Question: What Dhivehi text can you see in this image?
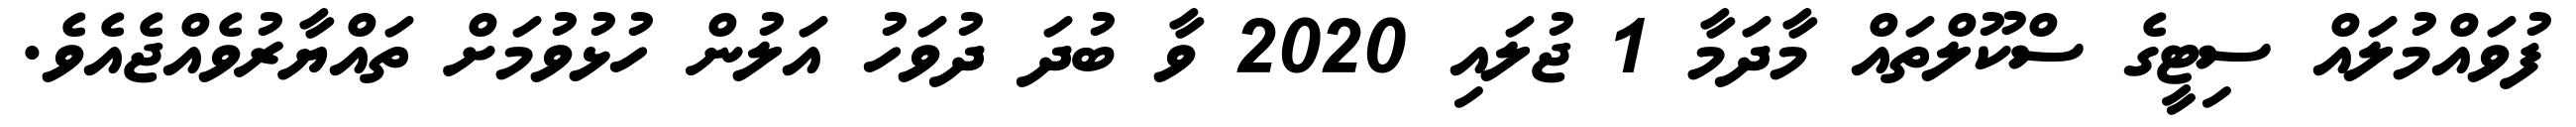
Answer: ފުވައްމުލައް ސިޓީގެ ސްކޫލްތައް މާދަމާ 1 ޖުލައި 2020 ވާ ބުދަ ދުވަހު އަލުން ހުޅުވުމަށް ތައްޔާރުވެއްޖެއެވެ.